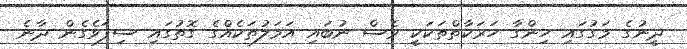
ދީނުގެ މަގުގައި ހިންގާ ހަރަކާތްތަކަކީ ވެސް ނުބައި އަމަލުތަކެއްގެ ގޮތުގައި ސިފަވެގެން ދާނެ